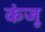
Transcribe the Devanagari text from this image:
कंजू